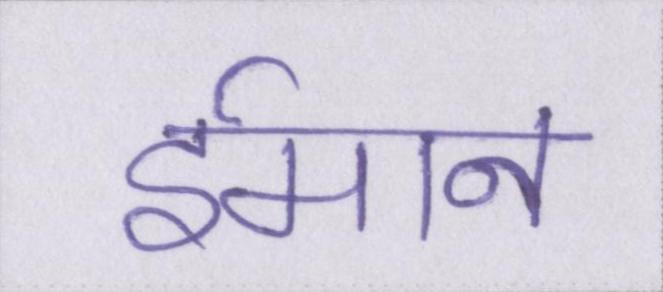
ईमान